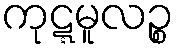
ကုဋ္ဋမူလဉ္စ